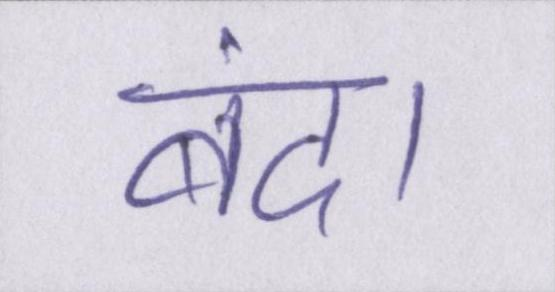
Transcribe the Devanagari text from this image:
बंद।